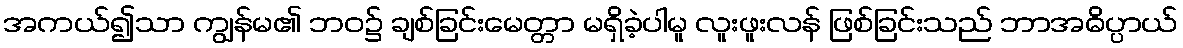
အကယ်၍သာ ကျွန်မ၏ ဘဝ၌ ချစ်ခြင်းမေတ္တာ မရှိခဲ့ပါမူ လူးဖူးလန် ဖြစ်ခြင်းသည် ဘာအဓိပ္ပာယ်